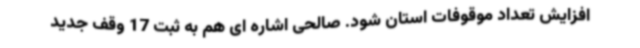
افزایش تعداد موقوفات استان شود. صالحی اشاره ای هم به ثبت 17 وقف جدید